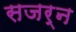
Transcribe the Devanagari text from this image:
सजर्न